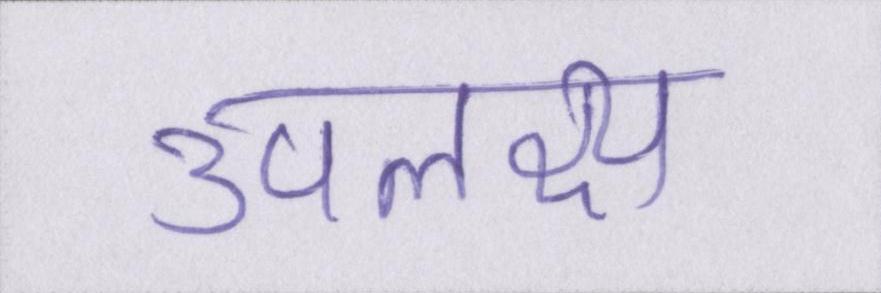
उपलक्ष्य